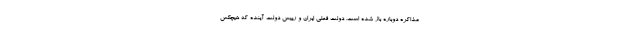
مذاکره دوباره باز شده است. دولت فعلی ایران و رییس دولت آینده که هیچکس